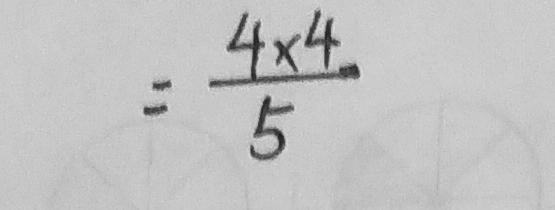
= \frac { 4 \times 4 } { 5 }